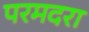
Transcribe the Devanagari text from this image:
परमदरा